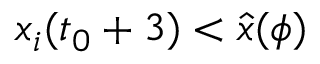
x _ { i } ( t _ { 0 } + 3 ) < \hat { x } ( \phi )